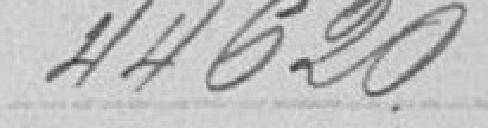
44620